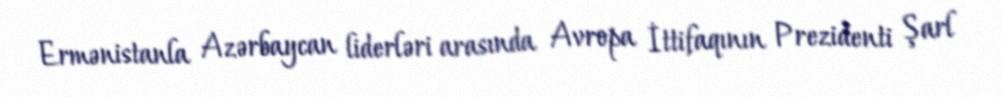
Ermənistanla Azərbaycan liderləri arasında Avropa İttifaqının Prezidenti Şarl